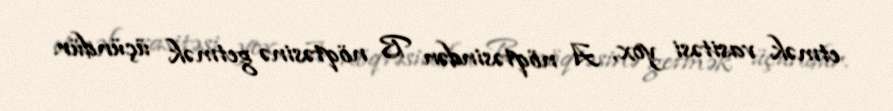
etmək vasitəsi yox, A nöqtəsindən B nöqtəsinə getmək üçündür.